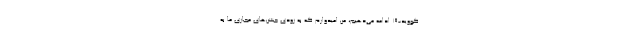
کووید-۱۹ ادامه می‌دهیم، من امیدوارم که به زودی جشن‌های مجازی ما به